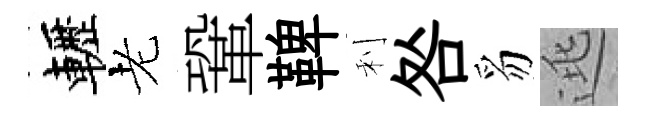
轣老鞏鞞利咎豸逃